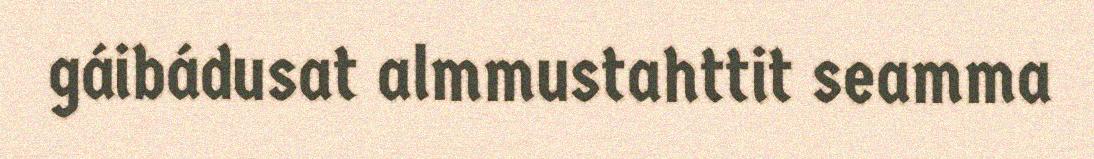
gáibádusat almmustahttit seamma